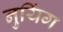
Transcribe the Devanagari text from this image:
नुयिंग